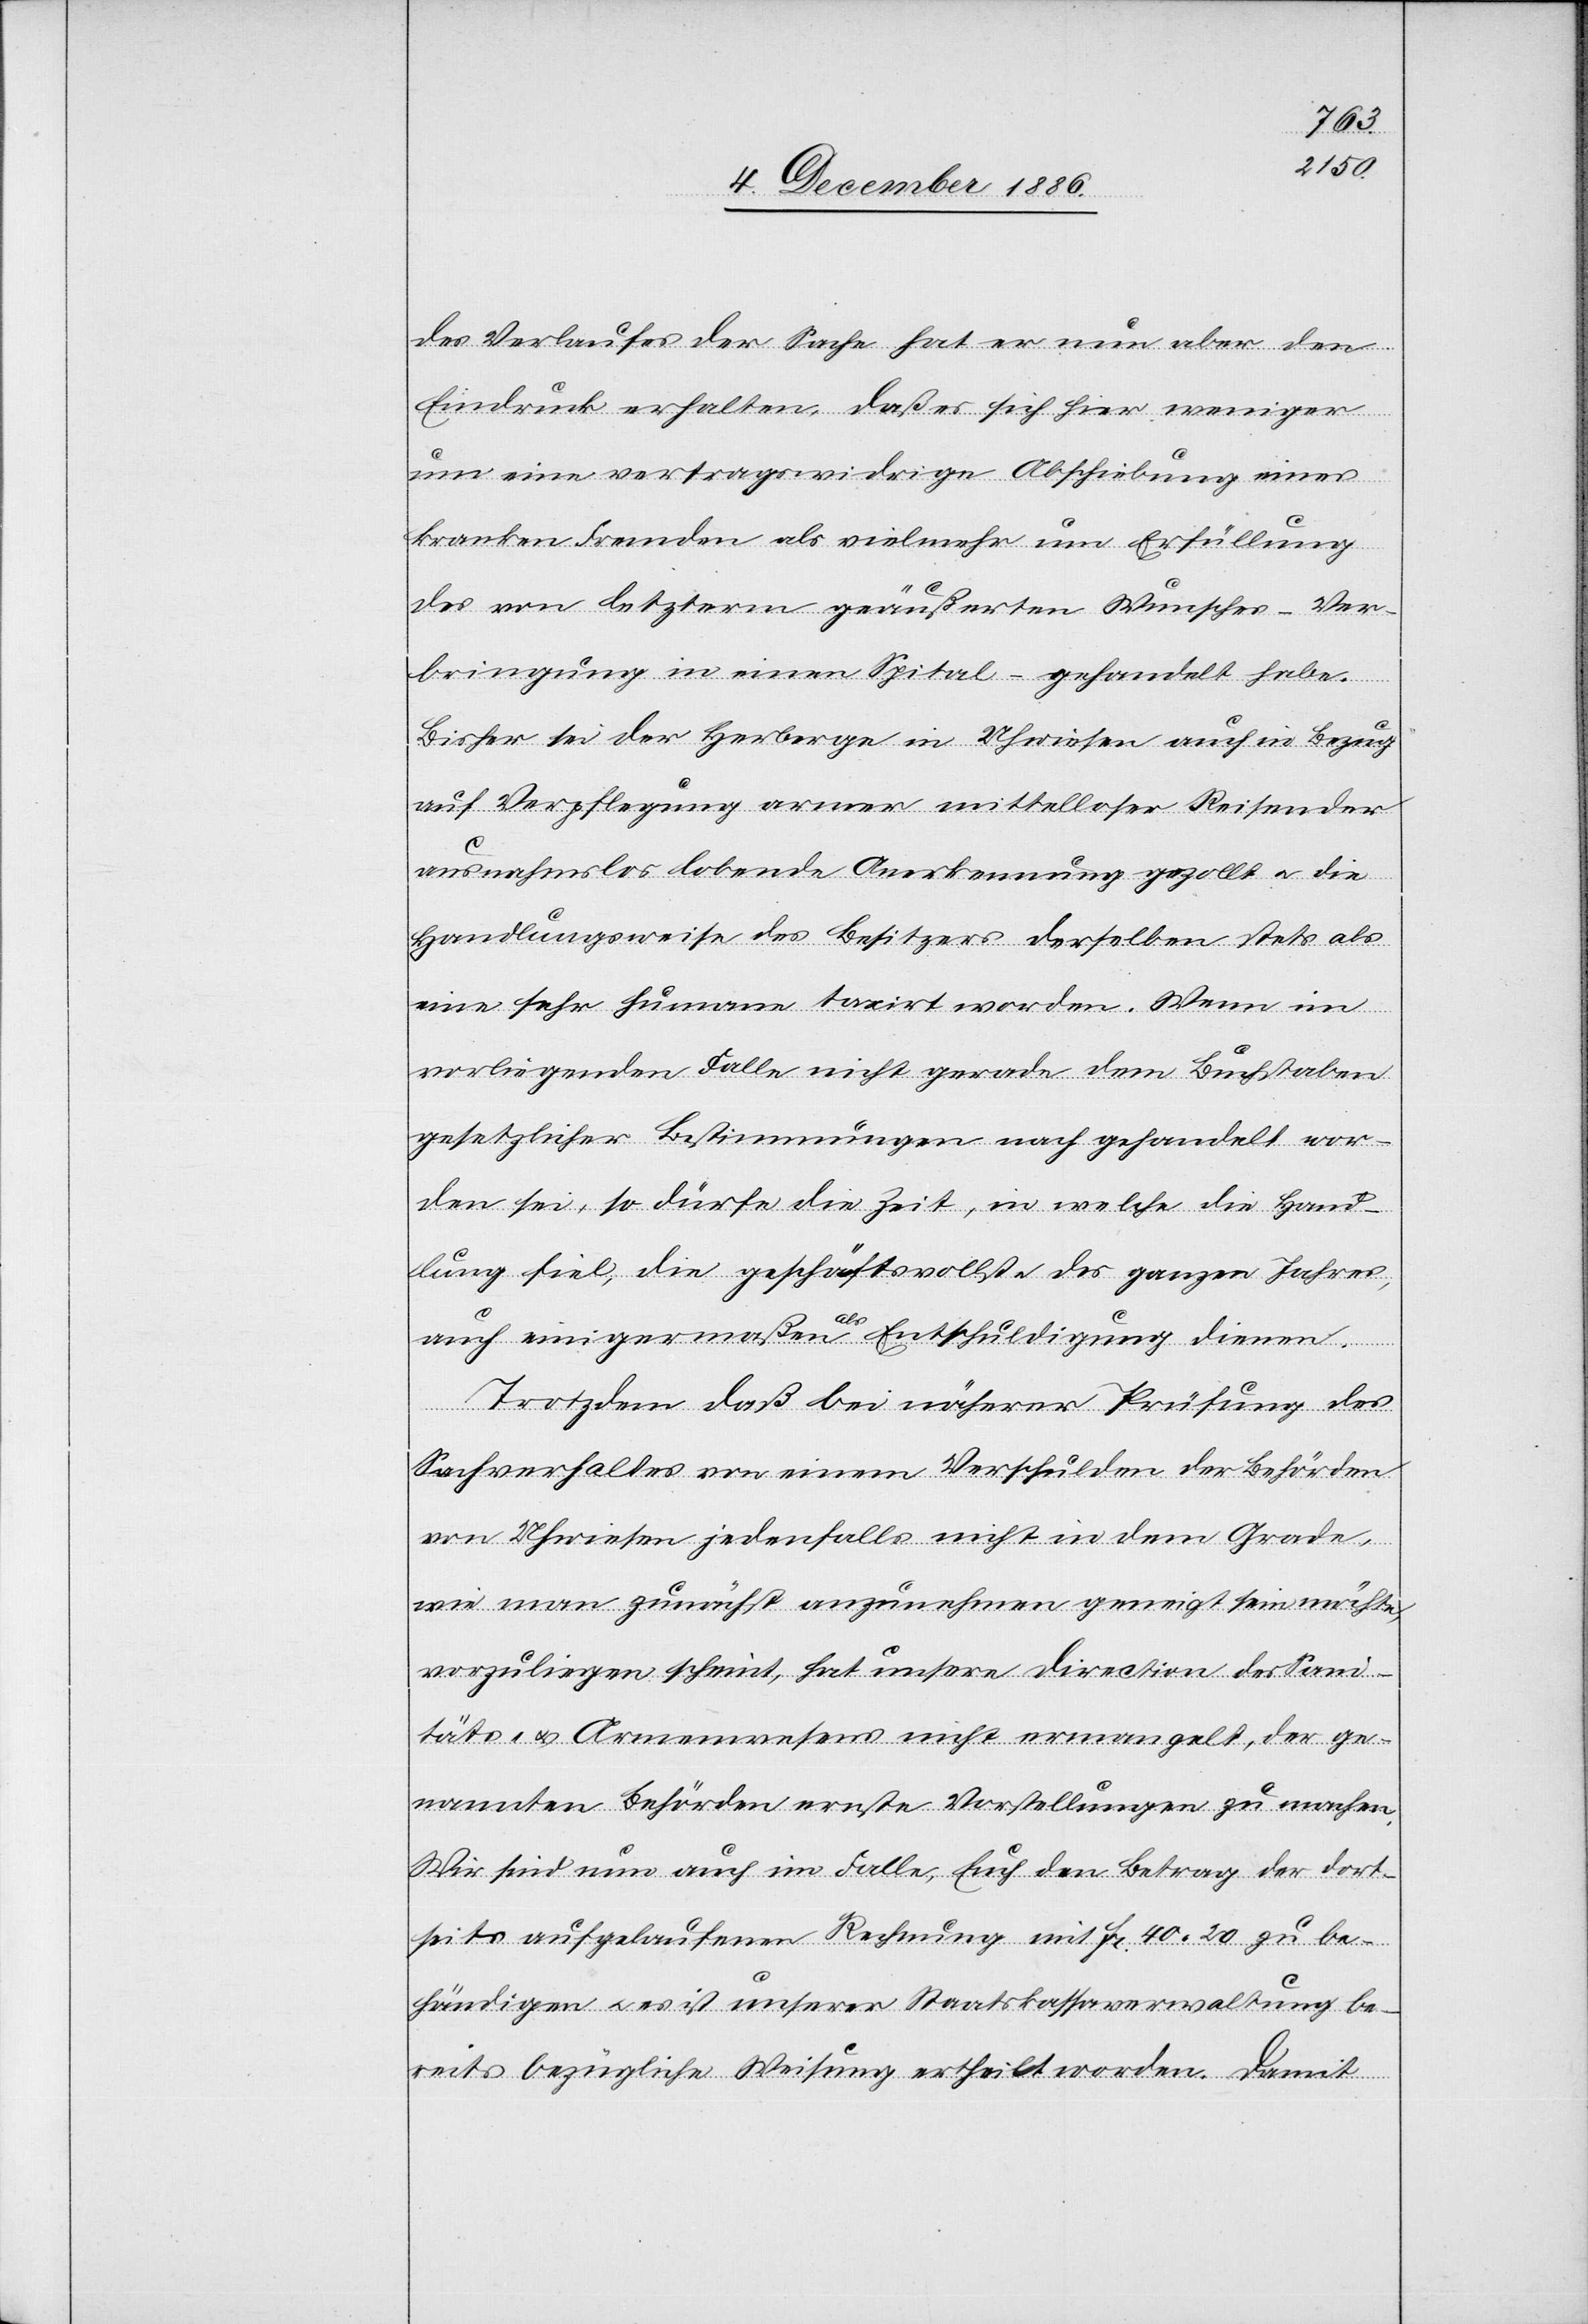
des Verlaufes der Sache hat er nun aber den
Eindruck erhalten, daß es sich hier weniger
um eine vertragswidrige Abschiebung eines
kranken Fremden als vielmehr um Erfüllung
des von letzterem geäußerten Wunsches – Ver¬
bringung in einen Spital – gehandelt habe.
Bisher sei der Herberge in Uhwiesen auch in Bezug
auf Verpflegung armer mittelloser Reisender
ausnahmslos lobende Anerkennung gezollt & die
Handlungsweise des Besitzers derselben stets als
eine sehr humane taxirt worden. Wenn im
vorliegenden Falle nicht gerade dem Buchstaben
gesetzlicher Bestimmungen nach gehandelt wor¬
den sei, so dürfe die Zeit, in welche die Hand¬
lung fiel, die geschäftsvollste des ganzen Jahres,
auch einigermaßen als Entschuldigung dienen.
Trotzdem daß bei näherer Prüfung des
Sachverhaltes von einem Verschulden der Behörden
von Uhwiesen jedenfalls nicht in dem Grade,
wie man zunächst anzunehmen geneigt sein möchte,
vorzuliegen scheint [sic!], hat unsere Direction des Sani¬
täts- & Armenwesens nicht ermangelt, der ge¬
nannten Behörden [sic!] ernste Vorstellungen zu machen.
Wir sind nun auch im Falle, Euch den Betrag der dort¬
seits aufgelaufenen Rechnung mit Fr. 40 20 zu be¬
händigen & es ist unserer Staatskassaverwaltung be¬
reits bezügliche Weisung ertheilt worden. Damit